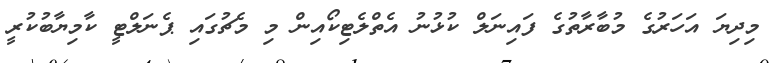
މިދިޔަ އަހަރުގެ މުބާރާތުގެ ފައިނަލް ކުޅުނު އެތްލެޓިކޯއިން މި މެޗުގައި ޕެނަލްޓީ ކާމިޔާބުކުރީ